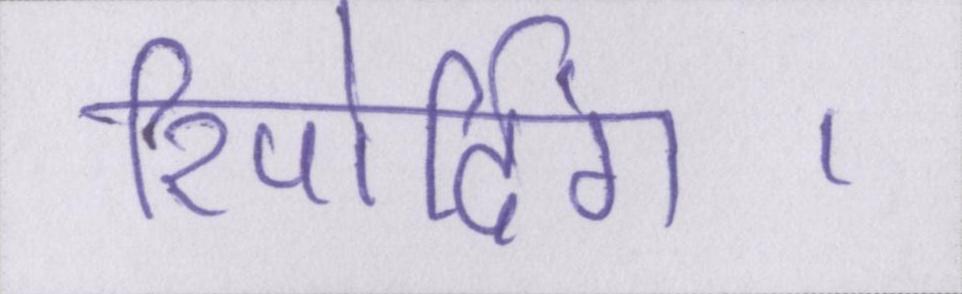
रिपोर्टिंग।